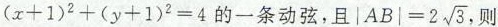
$$ (x + 1)^{2} + (y + 1)^{2} = 4 $$ 的一条动弦，且 $$ |AB| = 2 \sqrt{3} $$，则